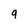
Character: 9